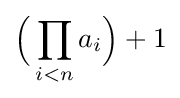
{\Bigl (}\prod _{i<n}a_{i}{\Bigr )}+1